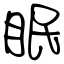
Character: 眠